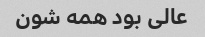
عالی بود همه شون